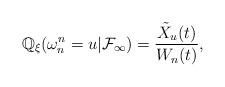
LaTeX: \begin{align*}\mathbb{Q}_\xi(\omega_n^n=u|\mathcal{F}_\infty)=\frac{\tilde X_u(t)}{W_n(t)},\end{align*}